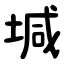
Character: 堿